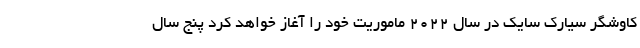
کاوشگر سیارک سایک در سال ۲۰۲۲ ماموریت خود را آغاز خواهد کرد پنج سال